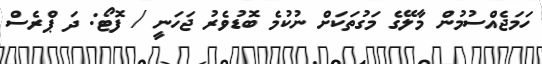
ހަމަޖެއްސުމުން މާލޭގެ މަގުތަކަށް ނުކުމެ ބޮޑުވެރު ޖަހަނީ / ފޮޓޯ: ދަ ޕްރެސް